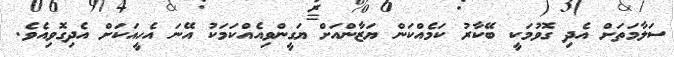
ސަލާމަތަށް އެދި ގޮވުމަކީ ބޭކާރު ކަމެއްކަން ޔަޒާންއަށް ޔަގީންވިއެއްކަމަކު އޭނަ އެހީއަކަށް އެދިގޮވިއެވެ.